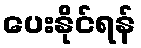
ပေးနိုင်ရန်